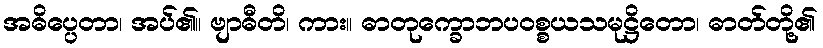
အဓိပ္ပေတာ၊ အပ်၏။ ဗျာဓီတိ၊ ကား။ ဓာတုက္ခောဘပဝစ္စယသမုဋ္ဌိတော၊ ဓာတ်တို့၏